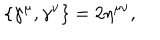
\{ \gamma ^ { \mu } , \gamma ^ { \nu } \} = 2 \eta ^ { \mu \nu } , \nonumber